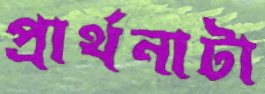
প্রার্থনাটা